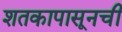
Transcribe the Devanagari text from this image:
शतकापासूनची